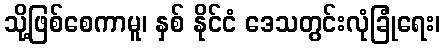
သို့ဖြစ်စေကာမူ၊ နှစ် နိုင်ငံ ဒေသတွင်းလုံခြုံရေး၊